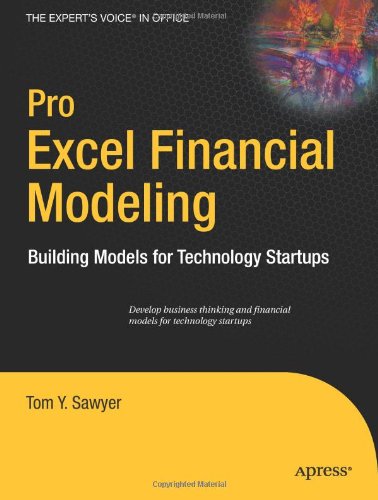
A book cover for Pro Excel Financial Modeling: Building Models for Technology Startups (Expert's Voice in Office); Tom Y. Sawyer; Computers & Technology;